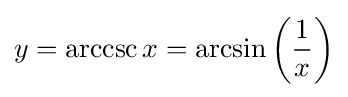
y=\operatorname {arccsc} x=\arcsin \left({\frac {1}{x}}\right)